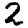
Digit: 2